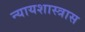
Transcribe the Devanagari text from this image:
न्यायशास्त्रास